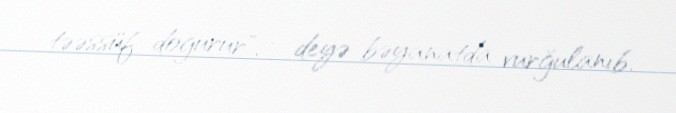
təəssüf doğurur", - deyə bəyanatda vurğulanıb.